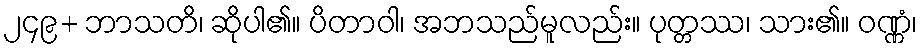
၂၄၉+ ဘာသတိ၊ ဆိုပါ၏။ ပိတာဝါ၊ အဘသည်မူလည်း။ ပုတ္တဿ၊ သား၏။ ဝဏ္ဏံ၊